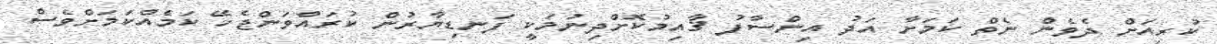
ކުރިއަށް ދެވެން ނެތް ކަމަށާ އަދު އިންސާފު ޤާއިމުކޮށްދިނުމަކީ ފަނޑިޔާރުން ކުރައްވަންޖެހޭ ކަމެއްކަމަށްވެސް